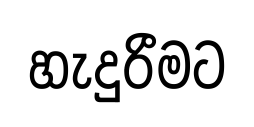
හැදුරීමට